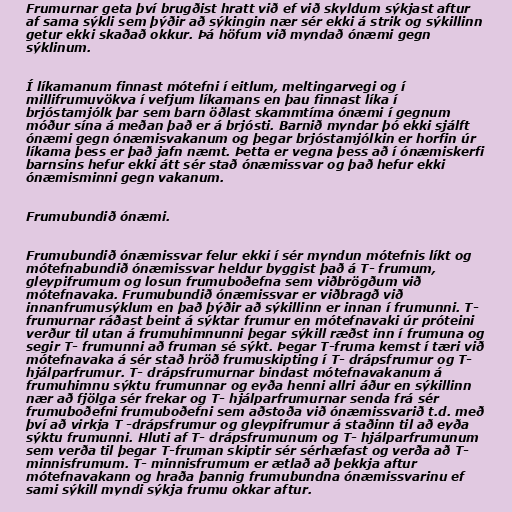
Frumurnar geta því brugðist hratt við ef við skyldum sýkjast aftur
af sama sýkli sem þýðir að sýkingin nær sér ekki á strik og sýkillinn
getur ekki skaðað okkur. Þá höfum við myndað ónæmi gegn
sýklinum.

Í líkamanum finnast mótefni í eitlum, meltingarvegi og í
millifrumuvökva í vefjum líkamans en þau finnast líka í
brjóstamjólk þar sem barn öðlast skammtíma ónæmi í gegnum
móður sína á meðan það er á brjósti. Barnið myndar þó ekki sjálft
ónæmi gegn ónæmisvakanum og þegar brjóstamjólkin er horfin úr
líkama þess er það jafn næmt. Þetta er vegna þess að í ónæmiskerfi
barnsins hefur ekki átt sér stað ónæmissvar og það hefur ekki
ónæmisminni gegn vakanum.

Frumubundið ónæmi.

Frumubundið ónæmissvar felur ekki í sér myndun mótefnis líkt og
mótefnabundið ónæmissvar heldur byggist það á T- frumum,
gleypifrumum og losun frumuboðefna sem viðbrögðum við
mótefnavaka. Frumubundið ónæmissvar er viðbragð við
innanfrumusýklum en það þýðir að sýkillinn er innan í frumunni. T-
frumurnar ráðast beint á sýktar frumur en mótefnavaki úr próteini
verður til utan á frumuhimnunni þegar sýkill ræðst inn í frumuna og
segir T- frumunni að fruman sé sýkt. Þegar T-fruma kemst í tæri við
mótefnavaka á sér stað hröð frumuskipting í T- drápsfrumur og T-
hjálparfrumur. T- drápsfrumurnar bindast mótefnavakanum á
frumuhimnu sýktu frumunnar og eyða henni allri áður en sýkillinn
nær að fjölga sér frekar og T- hjálparfrumurnar senda frá sér
frumuboðefni frumuboðefni sem aðstoða við ónæmissvarið t.d. með
því að virkja T -drápsfrumur og gleypifrumur á staðinn til að eyða
sýktu frumunni. Hluti af T- drápsfrumunum og T- hjálparfrumunum
sem verða til þegar T-fruman skiptir sér sérhæfast og verða að T-
minnisfrumum. T- minnisfrumum er ætlað að þekkja aftur
mótefnavakann og hraða þannig frumubundna ónæmissvarinu ef
sami sýkill myndi sýkja frumu okkar aftur.